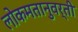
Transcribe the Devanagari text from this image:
लोकमतानुवर्ती